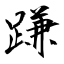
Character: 𨃰